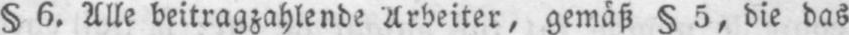
§ 6. Alle beitragzahlende Arbeiter, gemäß § 5, die das